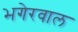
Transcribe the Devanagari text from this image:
भगेरवाल